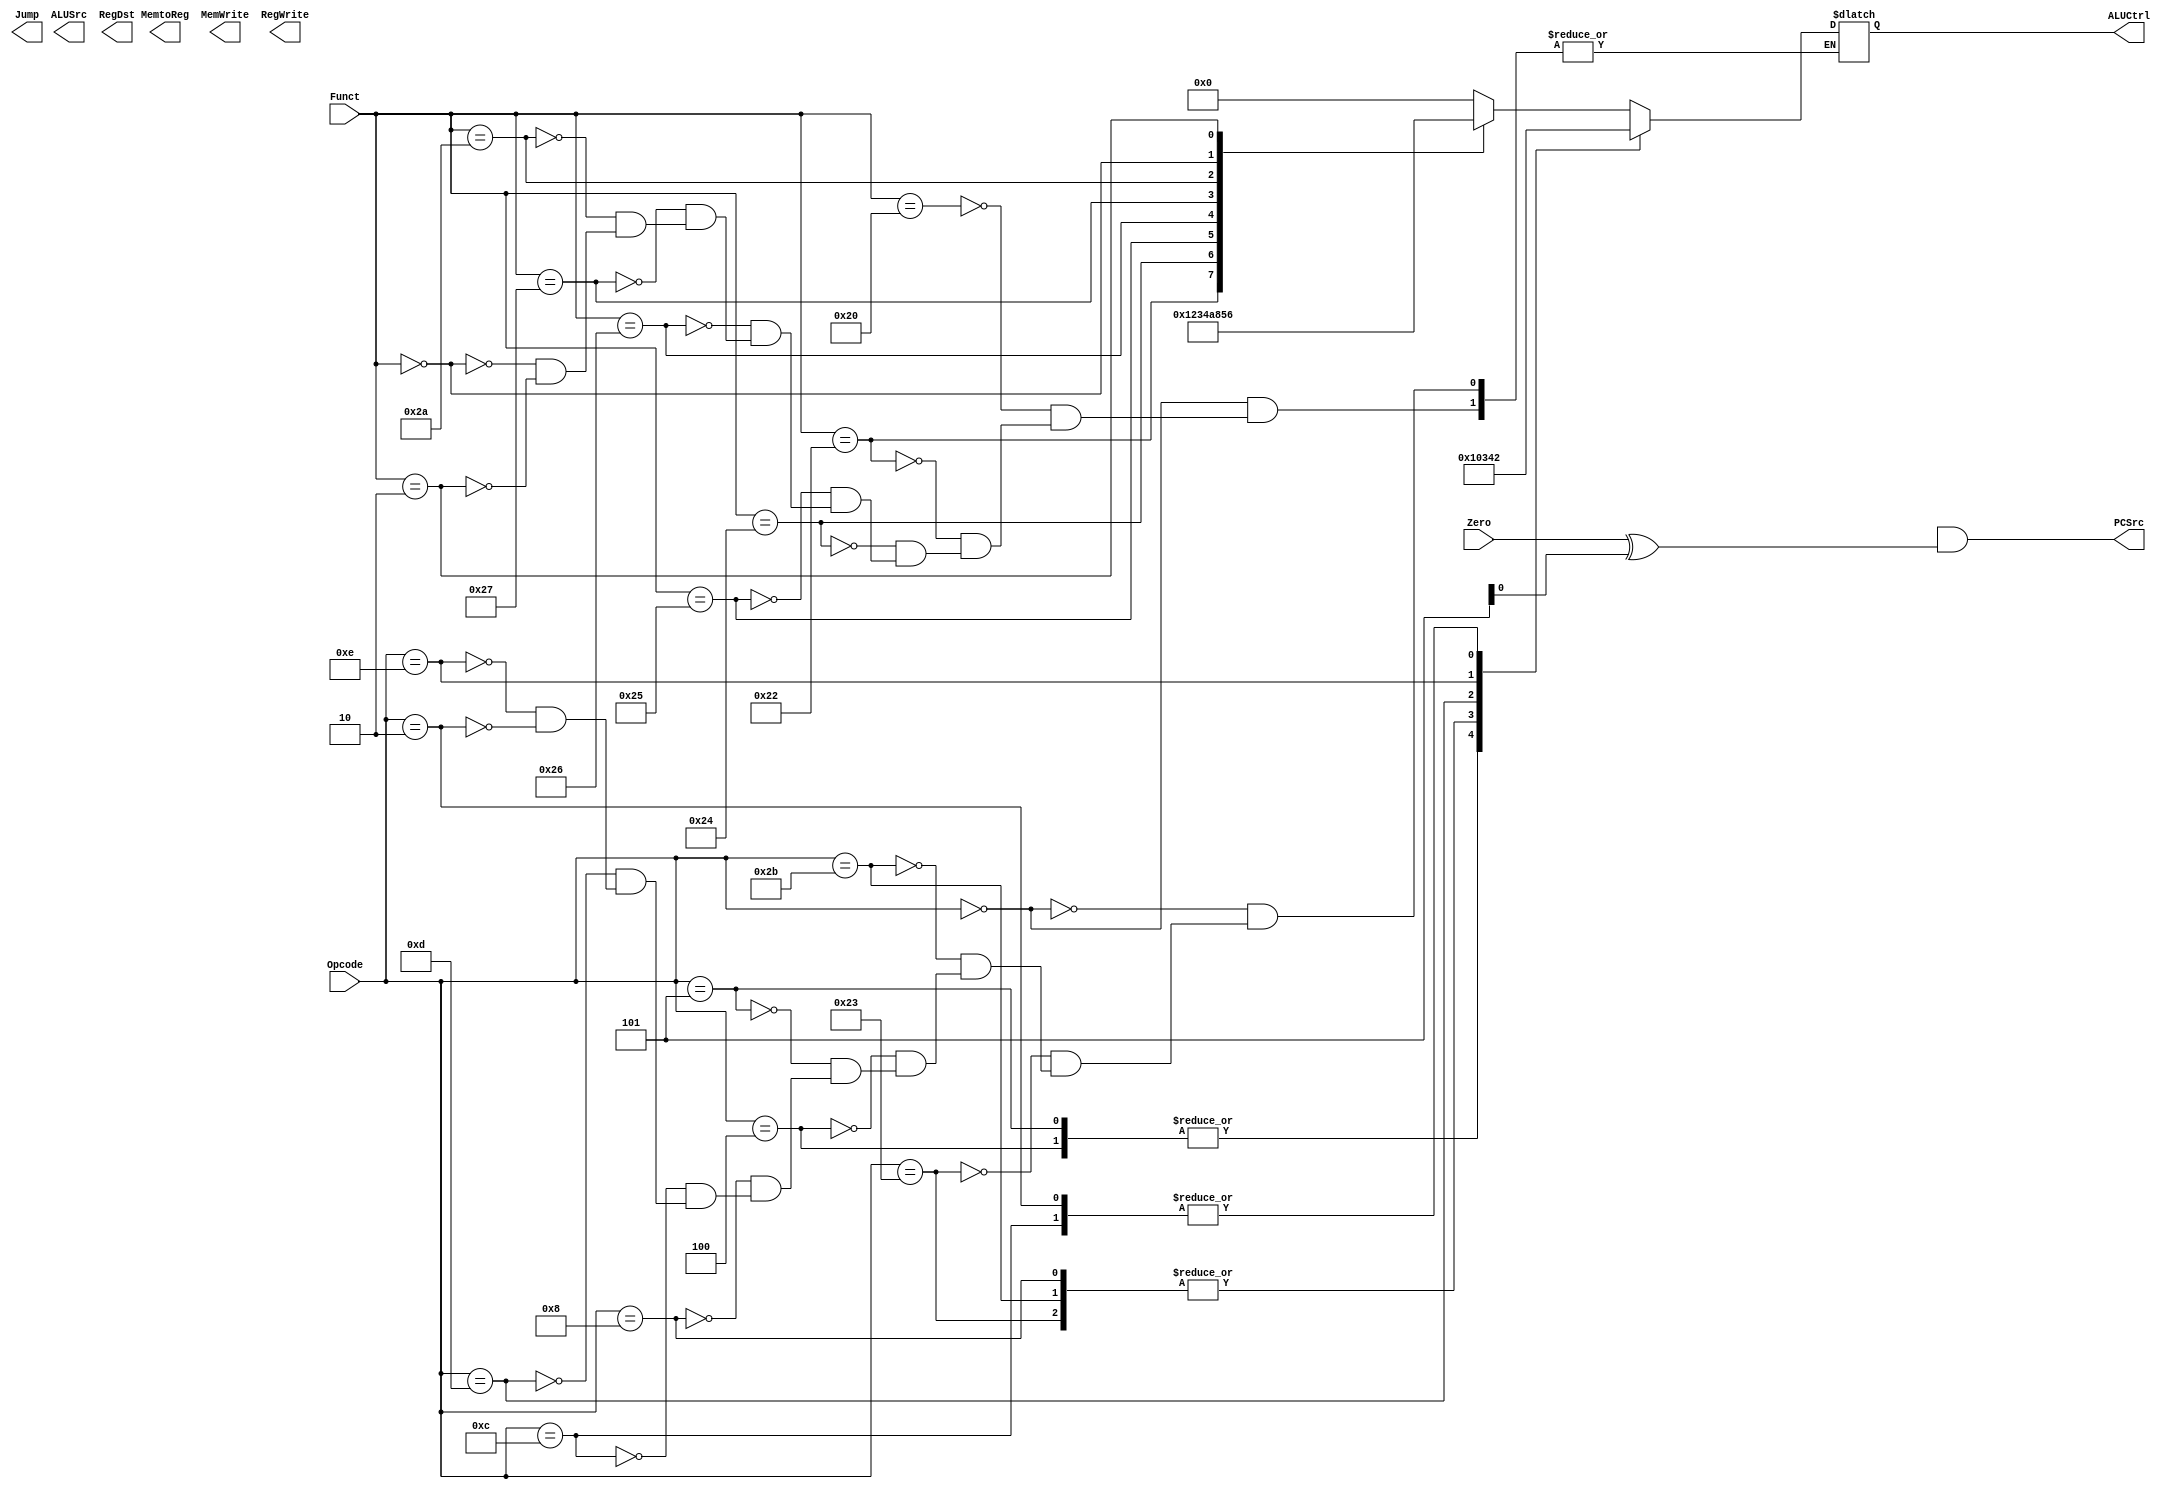
`timescale 1ns/1ns

module Control (input [5:0] Opcode, 
               input [5:0] Funct,
               input Zero,
               output reg  MemtoReg,
               output reg  MemWrite,
               output reg  ALUSrc,
               output reg  RegDst,
               output reg  RegWrite,
               output reg  Jump,
               output 	   PCSrc,
               output reg  [3:0] ALUCtrl
               );
               
reg [7:0] temp;
reg Branch, x;

always @(*) begin 

    case (Opcode) 
        6'b000000: begin                          // R-type
                    temp <= 8'b11000000;        

                    case (Funct)
                    6'b100000: ALUCtrl <= 4'b0000;    // ADD
                    6'b100010: ALUCtrl <= 4'b0001;    // SUB
                    6'b100100: ALUCtrl <= 4'b0010;    // AND
                    6'b100101: ALUCtrl <= 4'b0011;    // OR
                    6'b100110: ALUCtrl <= 4'b0100;    // XOR
                    6'b100111: ALUCtrl <= 4'b1010;    // NOR
                    6'b101010: ALUCtrl <= 4'b1000;    // SLT
                    6'b000000: ALUCtrl <= 4'b0101;    // SLL
                    6'b000010: ALUCtrl <= 4'b0110;    // SRL

                endcase

            end

        6'b100011: begin                          // LW
                        temp <= 8'b10100100;     
                        ALUCtrl <= 4'b0000;
                    end

        6'b101011: begin                          // SW
                         temp <= 8'b00101000;      
                         ALUCtrl <= 4'b0000;
                    end  

        6'b000100: begin                          // BEQ
                         temp <= 8'b00010000;      
                        ALUCtrl <= 4'b0001; 
                    end      

        6'b000101: begin                          // BNE
                        temp <= 8'b00010001;  
                        ALUCtrl <= 4'b0001; 
                    end

        6'b001000: begin                          // ADDI
                        temp <= 8'b10100000;  
                        ALUCtrl <= 4'b0000; 
                    end  

        6'b001100: begin                          // ANDI
                        temp <= 8'b10100000;  
                        ALUCtrl <= 4'b0010; 
                    end 

        6'b001101: begin                          // ORI
                        temp <= 8'b10100000;  
                        ALUCtrl <= 4'b0011; 
                    end  

        6'b001110: begin                          // XORI
                        temp <= 8'b10100000;  
                        ALUCtrl <= 4'b0100; 
                    end       


        6'b000010: begin                          // J
                        temp <= 8'b00000010;  
                        ALUCtrl <= 4'b0010; 
                    end 
                                 
        default:   temp <= 12'bxxxxxxxxxxxx;      // NOP
    endcase
   

    
    temp = {RegWrite, RegDst,ALUSrc, Branch, MemWrite, MemtoReg, Jump, x};
 
end 

assign PCSrc = Branch & (Zero ^ x);

endmodule